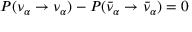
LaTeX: P ( \nu _ { \alpha } \rightarrow \nu _ { \alpha } ) - P ( \bar { \nu } _ { \alpha } \rightarrow \bar { \nu } _ { \alpha } ) = 0